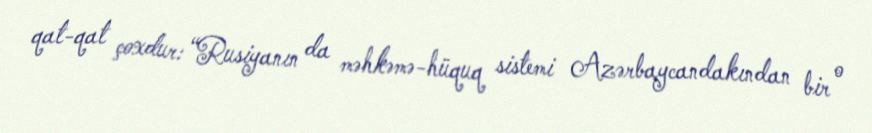
qat-qat çoxdur: “Rusiyanın da məhkəmə-hüquq sistemi Azərbaycandakından bir o